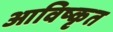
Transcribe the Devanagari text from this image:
आविष्‍कृत